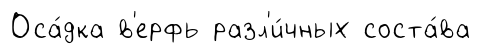
Оса́дка в'ерфь разл'и́чных соста́ва